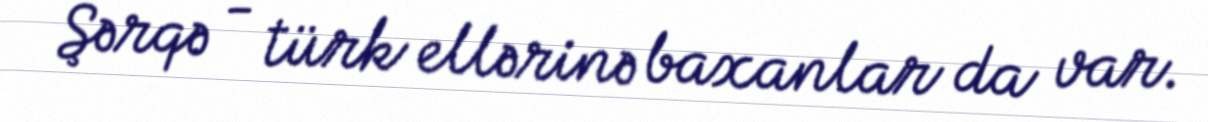
Şərqə - türk ellərinə baxanlar da var.